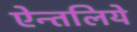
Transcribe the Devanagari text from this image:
ऐन्तलिये